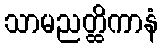
သာမညတ္ထိကာနံ